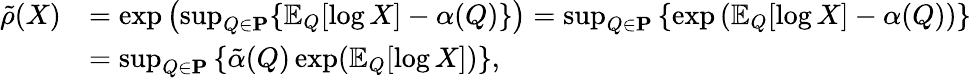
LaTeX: \begin{array}{rl}{\tilde{\rho}(X)}&{=\exp\left(\operatorname*{sup}_{Q\in\mathbf{P}}\{ \operatorname{\mathbb{E}}_{Q}[\log X]-\alpha(Q)\} \right)=\operatorname*{sup}_{Q\in\mathbf{P}}\left\{ \exp\left(\operatorname{\mathbb{E}}_{Q}[\log X]-\alpha(Q)\right)\right\} }\\ &{=\operatorname*{sup}_{Q\in\mathbf{P}}\left\{ \tilde{\alpha}(Q)\exp(\operatorname{\mathbb{E}}_{Q}[\log X])\right\} ,}\end{array}